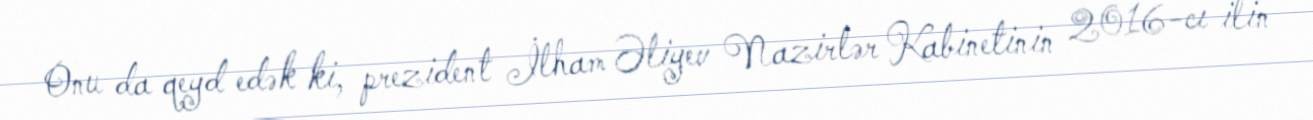
Onu da qeyd edək ki, prezident İlham Əliyev Nazirlər Kabinetinin 2016-cı ilin